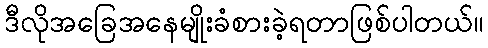
ဒီလိုအခြေအနေမျိုးခံစားခဲ့ရတာဖြစ်ပါတယ်။